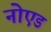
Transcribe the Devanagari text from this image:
नोएड